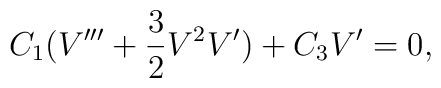
C_1(V''' + \frac{3}{2} V^2V') + C_3V'=0,